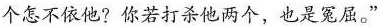
个怎不依他？你若打杀他两个，也是冤屈。”